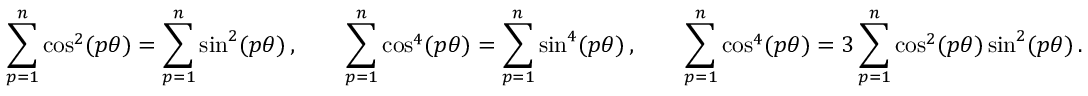
\sum _ { p = 1 } ^ { n } \cos ^ { 2 } ( p \theta ) = \sum _ { p = 1 } ^ { n } \sin ^ { 2 } ( p \theta ) \, , \qquad \sum _ { p = 1 } ^ { n } \cos ^ { 4 } ( p \theta ) = \sum _ { p = 1 } ^ { n } \sin ^ { 4 } ( p \theta ) \, , \qquad \sum _ { p = 1 } ^ { n } \cos ^ { 4 } ( p \theta ) = 3 \sum _ { p = 1 } ^ { n } \cos ^ { 2 } ( p \theta ) \sin ^ { 2 } ( p \theta ) \, .